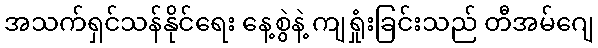
အသက်ရှင်သန်နိုင်ရေး နေ့စွဲနဲ့ ကျရှုံးခြင်းသည် တီအမ်ဂျေ